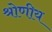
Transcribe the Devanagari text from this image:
श्रोणीय